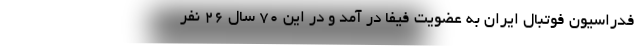
فدراسیون فوتبال ایران به عضویت فیفا در آمد و در این 70 سال 26 نفر